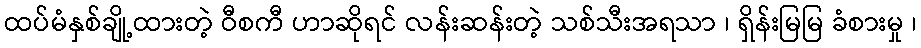
ထပ်မံနှစ်ချို့ထားတဲ့ ဝီစကီ ဟာဆိုရင် လန်းဆန်းတဲ့ သစ်သီးအရသာ ၊ ရှိန်းမြမြ ခံစားမှု ၊